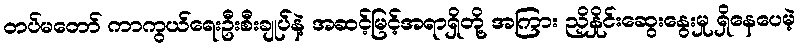
တပ်မတော် ကာကွယ်ရေးဦးစီးချုပ်နဲ့ အဆင့်မြင့်အရာရှိတို့ အကြား ညှိနှိုင်းဆွေးနွေးမှု ရှိနေပေမဲ့